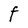
Character: F